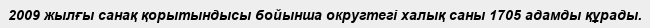
2009 жылғы санақ қорытындысы бойынша округтегі халық саны 1705 адамды құрады.